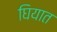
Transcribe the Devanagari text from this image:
घियात